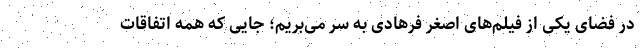
در فضای یکی از فیلم‌های اصغر فرهادی به سر می‌بریم؛ جایی که همه اتفاقات